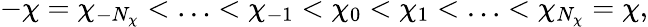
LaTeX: -\chi=\chi_{-N_{\chi}}<\ldots<\chi_{-1}<\chi_{0}<\chi_{1}<\ldots<\chi_{N_{\chi}}=\chi,